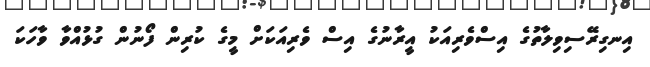
އިނގިރޭސިވިލާތުގެ އިސްވެރިއަކު އީރާނުގެ އިސް ވެރިއަކަށް މީގެ ކުރިން ފޯނުން ގުޅުއްވާ ވާހަކަ